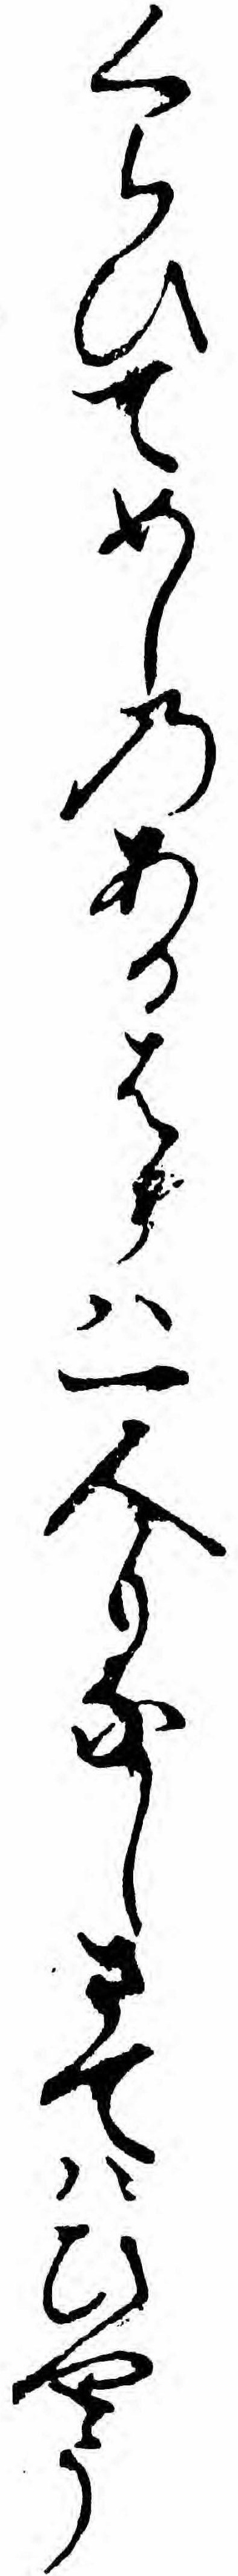
くらひてめしのあるはらハ一人もなしさてハひやう